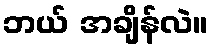
ဘယ် အချိန်လဲ။